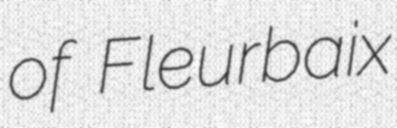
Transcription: of Fleurbaix